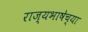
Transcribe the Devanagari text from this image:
राज्यभाषेच्या